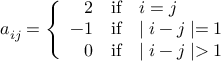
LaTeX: a _ { i j } = \left\{ \begin{array} { r l l } { { 2 } } & { { \mathrm { i f } } } & { { i = j } } \\ { { - 1 } } & { { \mathrm { i f } } } & { { \mid i - j \mid = 1 } } \\ { { 0 } } & { { \mathrm { i f } } } & { { \mid i - j \mid > 1 } } \end{array} \right.